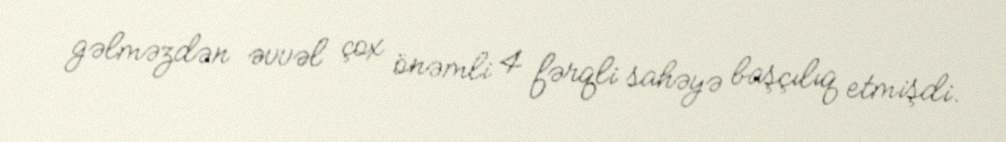
gəlməzdən əvvəl çox önəmli 4 fərqli sahəyə başçılıq etmişdi.